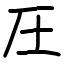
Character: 圧